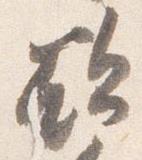
欲